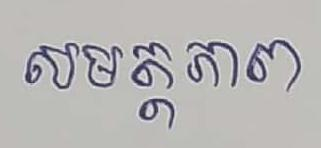
សមត្ថភាព